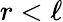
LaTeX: r<\ell